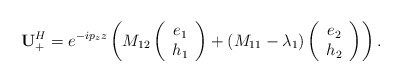
\begin{align*}\mathbf{U}_+^H = e^{-ip_{z}z} \left( M_{12}\left(\begin{array}{c} e_1\\h_1 \end{array}\right) + (M_{11} - \lambda_1)\left(\begin{array}{c} e_2\\h_2 \end{array}\right)\right).\end{align*}